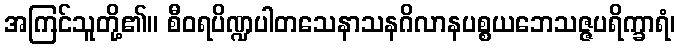
အကြင်သူတို့၏။ စီဝရပိဏ္ဍပါတသေနာသနဂိလာနပစ္စယဘေသဇ္ဇပရိက္ခာရံ၊